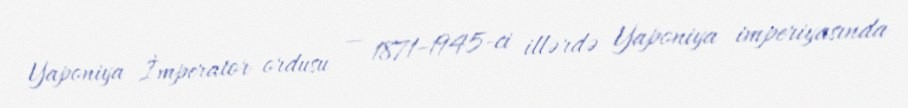
Yaponiya İmperator ordusu — 1871–1945-ci illərdə Yaponiya imperiyasında